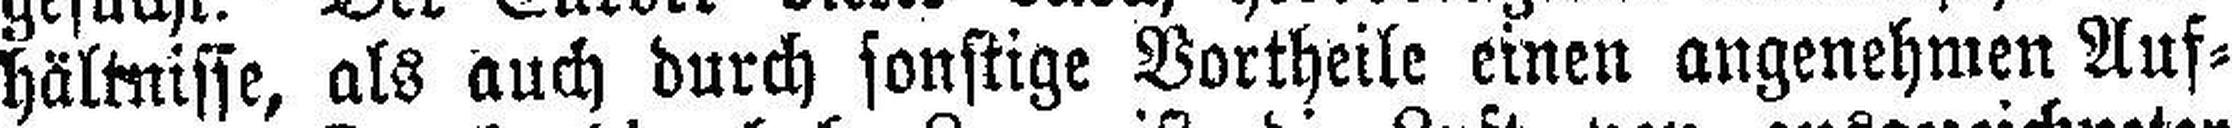
hältnisse, als auch durch sonstige Vortheile einen angenehmen Auf¬